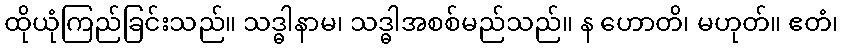
ထိုယုံကြည်ခြင်းသည်။ သဒ္ဓါနာမ၊ သဒ္ဓါအစစ်မည်သည်။ န ဟောတိ၊ မဟုတ်။ ဧတံ၊